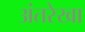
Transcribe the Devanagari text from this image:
अंतरेखा